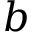
b